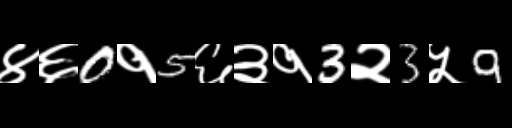
Text: ४६0१5६३१3२3५9